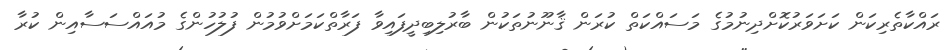
ރައްކާތެރިކަން ކަށަވަރުކޮށްދިނުމުގެ މަސައްކަތް ކުރަން ޤާނޫނުތަކުން ބާރުލިބިދީފައިވާ ފަރާތްކަމަށްވުމުން ފުލުހުންގެ މުއައްސަސާއިން ކުރާ